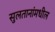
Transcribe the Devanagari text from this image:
सुलतानांमधील